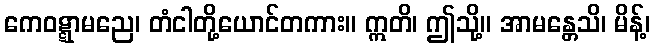
ကေဝဋ္ဋာမညေ၊ တံငါတို့ယောင်တကား။ ဣတိ၊ ဤသို့။ အာမန္တေသိ၊ မိန့်၊